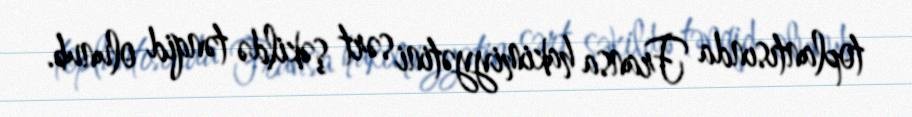
toplantısında Fransa hakimiyyətini sərt şəkildə tənqid olunub.